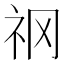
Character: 𥘝